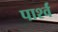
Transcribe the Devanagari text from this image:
पार्श्वं